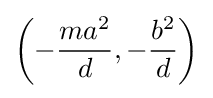
\left(-{\frac {ma^{2}}{d}},-{\frac {b^{2}}{d}}\right)